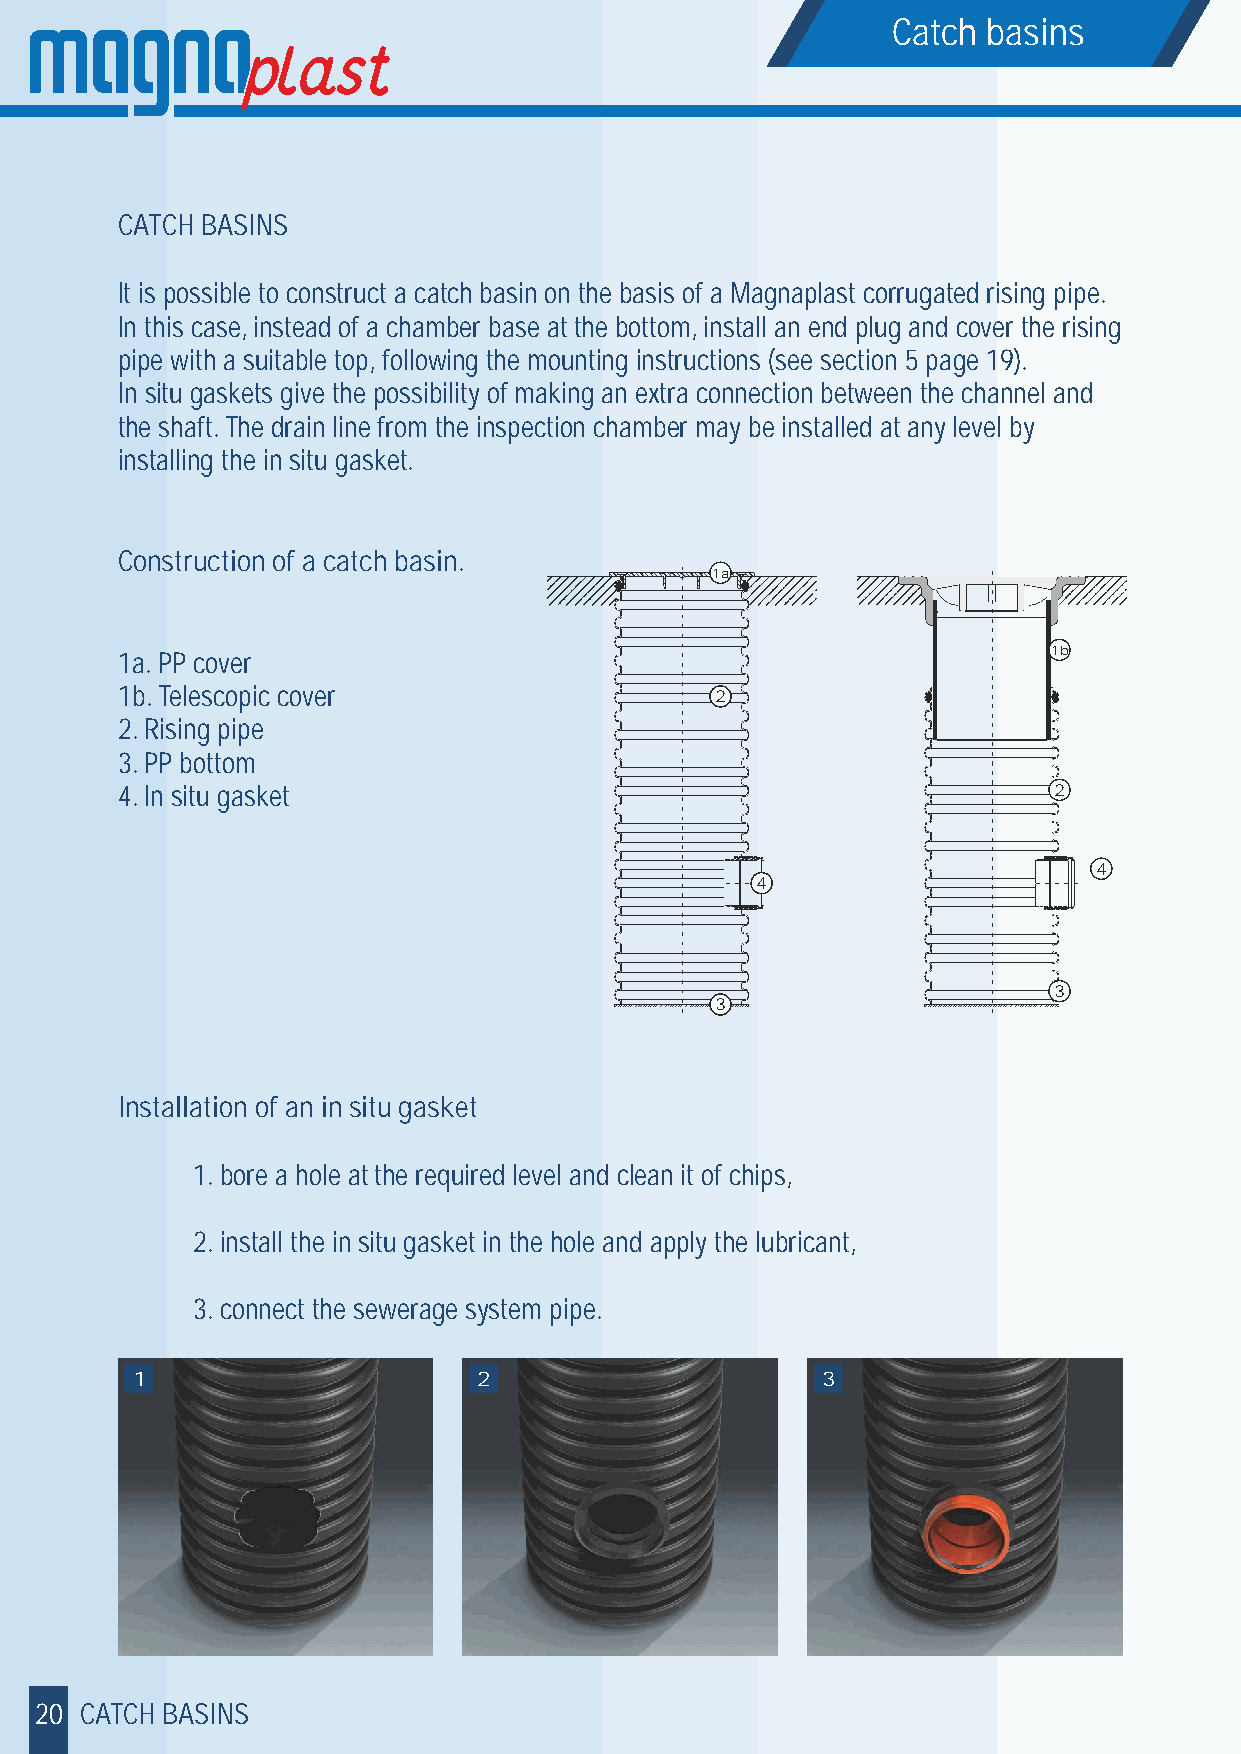
Catch basins
 CATCH BASINS
 It is possible to construct a catch basin on the basis of a Magnaplast corrugated rising pipe.
 In this case, instead of a chamber base at the bottom, install an end plug and cover the rising
 pipe with a suitable top, following the mounting instructions (see section 5 page 19).
 In situ gaskets give the possibility of making an extra connection between the channel and
 the shaft. The drain line from the inspection chamber may be installed at any level by
 installing the in situ gasket.
 Construction of a catch basin.
 1a
 1b
 1a. PP cover
 1b. Telescopic cover                   2
 2. Rising pipe
 3. PP bottom
 4. In situ gasket                                             2
 4
 4
 3
 3
 Installation of an in situ gasket
 1. bore a hole at the required level and clean it of chips,
 2. install the in situ gasket in the hole and apply the lubricant,
 3. connect the sewerage system pipe.
 1                      2                     3
 20 CATCH BASINS